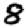
Digit: 8